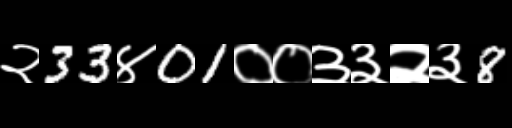
Text: २33४01००३३२३8